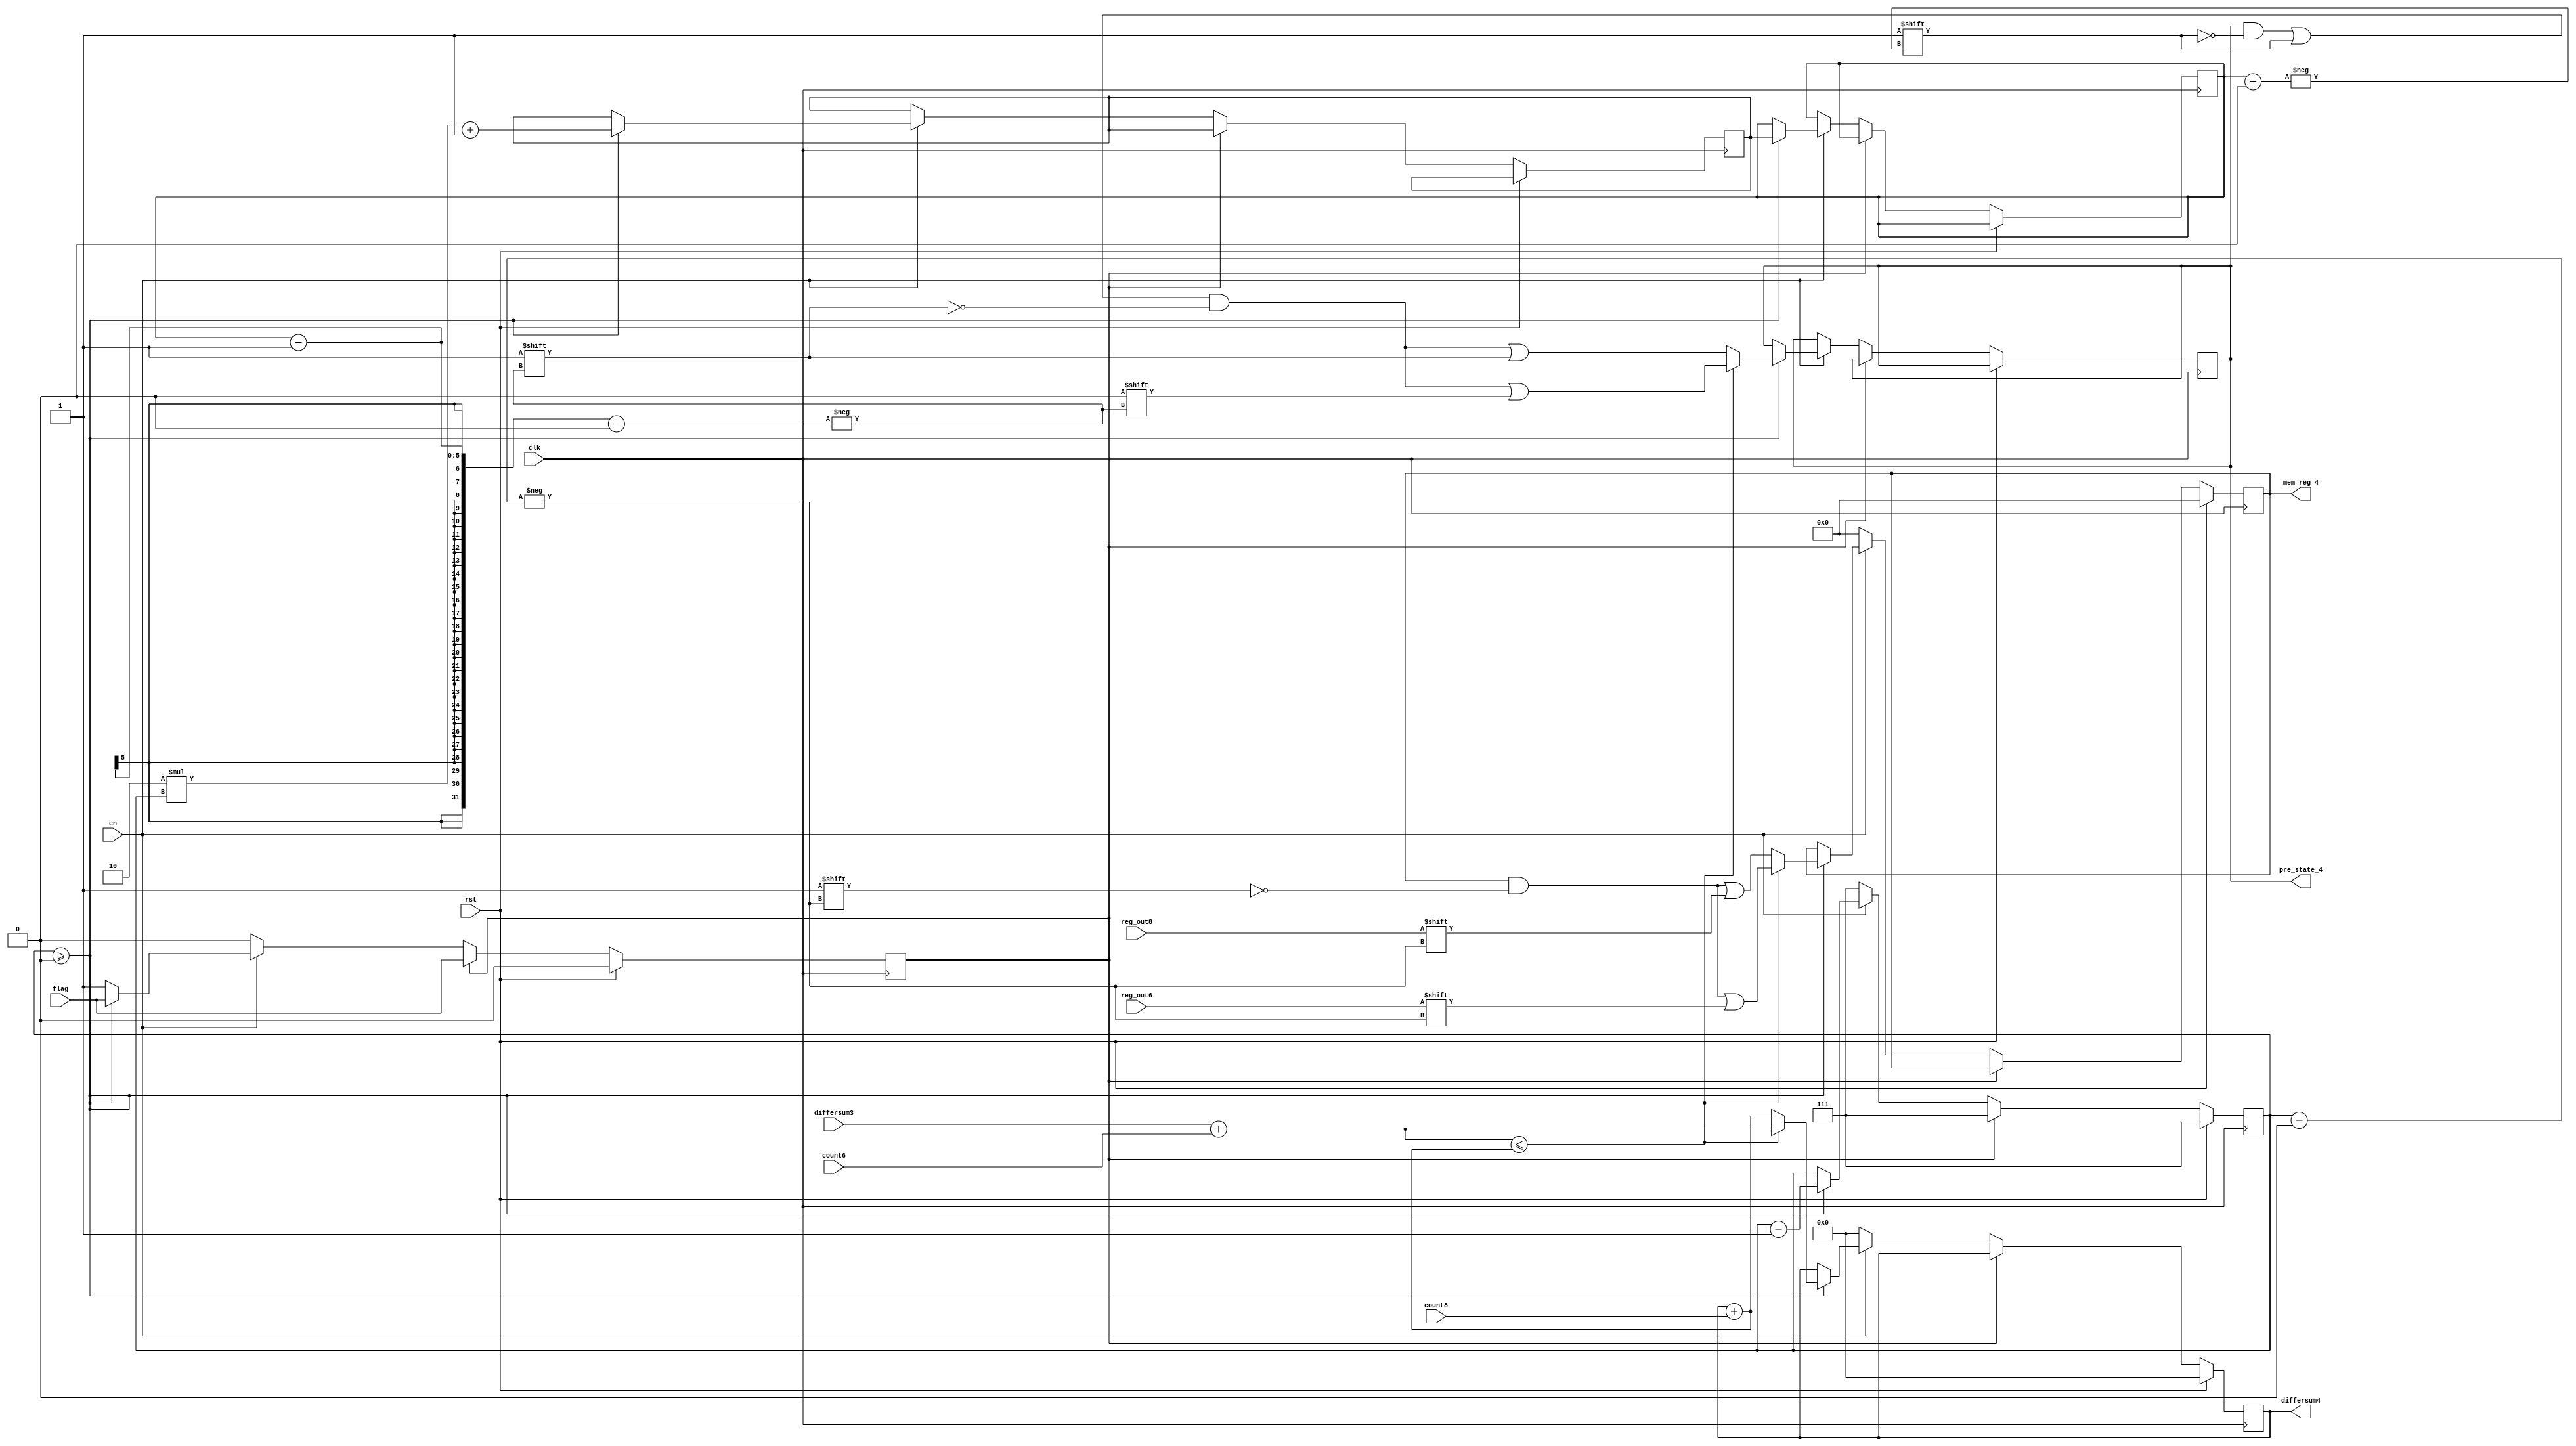
`timescale 1ns / 1ps
//////////////////////////////////////////////////////////////////////////////////
// Company: 
// Engineer: 
// 
// Design Name: 
// Module Name: comparer_4
// Project Name: 
// Target Devices: 
// Tool Versions: 
// Description: 
// 
// Dependencies: 
// 
// Revision:
// Revision 0.01 - File Created
// Additional Comments:
// 
//////////////////////////////////////////////////////////////////////////////////


module comparer_4(
input clk,
input rst,
input en,
input [1:0] count6,
input [1:0] count8,
input reg_out6,
input reg_out8,
input [4:0] differsum3,
input flag,
output reg [4:0] differsum4,
output reg [7:0] mem_reg_4,
output reg [15:0] pre_state_4 
    );
reg [2:0] i;
reg [4:0] k;
reg [4:0] k_dl;
reg flag_compare;
always @(posedge clk)
begin
if(rst)
begin
    differsum4 <= 5'd0;
    pre_state_4 = 16'b0000000000000000;
    i <= 3'd7;
    mem_reg_4 <= 8'b00000000;
    flag_compare <= 0;
end
else
begin
    flag_compare <= flag;
begin
if(flag_compare == 0)
begin
    if(!en)
begin
    differsum4 <= 5'd0;
    pre_state_4 = 16'b0000000000000000;
    i <= 3'd7;
    mem_reg_4 <= 8'b00000000;
    flag_compare <= 0;
end
else
begin
     if(i >= 0)
        begin
           k <= 2 *i + 1;
           k_dl <= k;
           if(differsum3 + count6 <= differsum4 + count8)
           begin
              differsum4 <= differsum3 + count6;
              mem_reg_4[i] <= reg_out6;
              pre_state_4[k_dl] <= 1;
              pre_state_4[k_dl - 1] <= 0;
           end
           else
           begin
              differsum4 <= differsum4 + count8;
              mem_reg_4[i] <= reg_out8;
              pre_state_4[k_dl] <= 1;
              pre_state_4[k_dl - 1] <= 1;
           end
           i <= i - 1;
         end
         else
         begin
            flag_compare <= 1;
         end
end
end
else
begin
    //differsum4 <= 5'd0;
    //pre_state_4 = 16'b0000000000000000;
    i <= 3'd7;
    //mem_reg_4 <= 8'b00000000;
end
end
end
end
endmodule